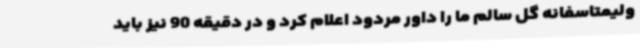
ولیمتاسفانه گل سالم ما را داور مردود اعلام کرد و در دقیقه 90 نیز باید